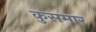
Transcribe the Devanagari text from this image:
कुसमार